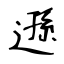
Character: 遜